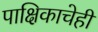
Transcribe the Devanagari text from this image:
पाक्षिकाचेही